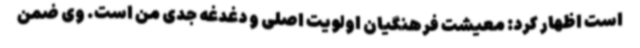
است اظهار کرد: معیشت فرهنگیان اولویت اصلی و دغدغه جدی من است. وی ضمن